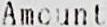
AMOUNT